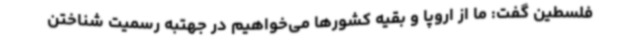
فلسطین گفت: ما از اروپا و بقیه کشورها می‌خواهیم در جهتبه رسمیت شناختن